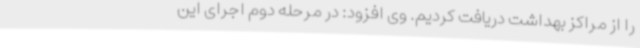
را از مراکز بهداشت دریافت کردیم. وی افزود: در مرحله دوم اجرای این